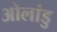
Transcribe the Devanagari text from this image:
ओलांडु